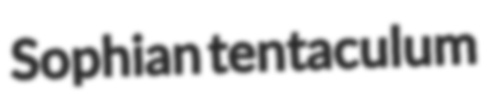
Sophian tentaculum